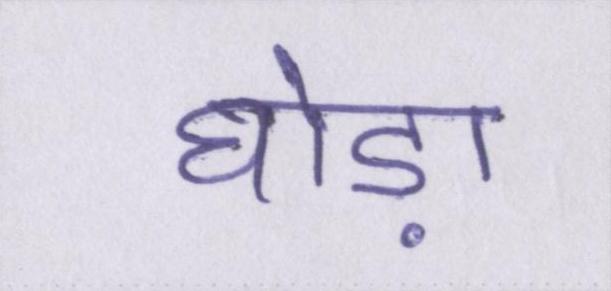
घोड़ा